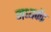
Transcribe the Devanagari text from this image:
मध्यकेंद्र